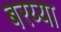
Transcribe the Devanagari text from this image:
बरय्या